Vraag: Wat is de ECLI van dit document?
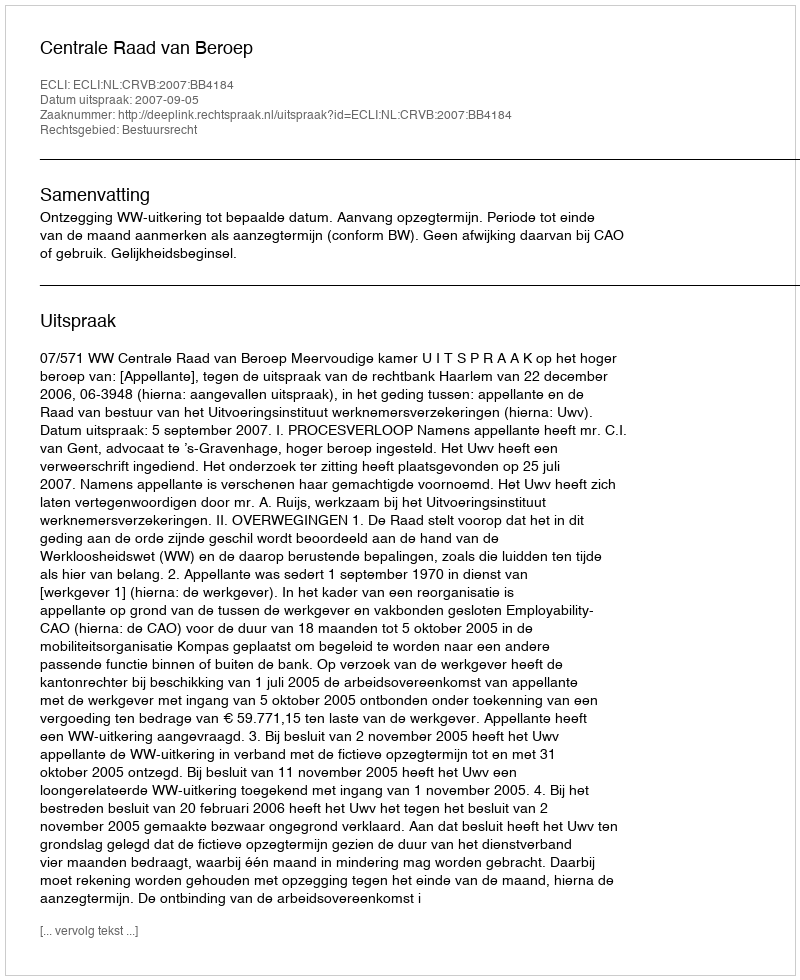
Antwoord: ECLI:NL:CRVB:2007:BB4184